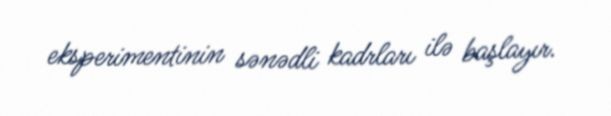
eksperimentinin sənədli kadrları ilə başlayır.